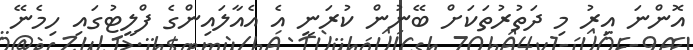
އޮންނަ އިރު މި ދަތުރުތަކަށް ބޭނުން ކުރަނީ އެ އެއާލައިންގެ ފްލީޓުގައި ހިމެނޭ